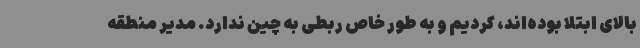
بالای ابتلا بوده‌اند، کردیم و به طور خاص ربطی به چین ندارد. مدیر منطقه